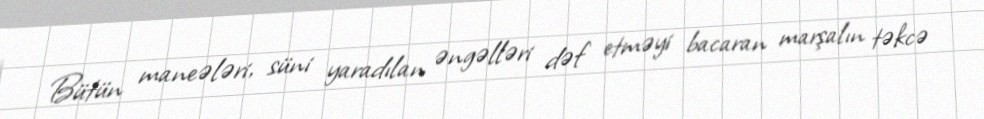
Bütün maneələri, süni yaradılan əngəlləri dəf etməyi bacaran marşalın təkcə